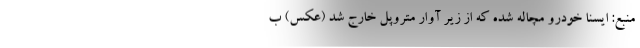
منبع: ایسنا خودرو مچاله شده که از زیر آوار متروپل خارج شد (عکس) ب